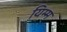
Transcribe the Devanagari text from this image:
यिम्म